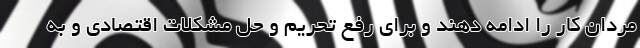
مردان کار را ادامه دهند و برای رفع تحریم و حل مشکلات اقتصادی و به